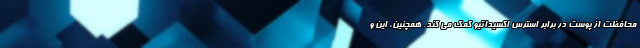
محافظت از پوست در برابر استرس اکسیداتیو کمک می کند. همچنین، این و